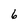
Character: 6